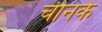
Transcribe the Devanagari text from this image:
चीनके